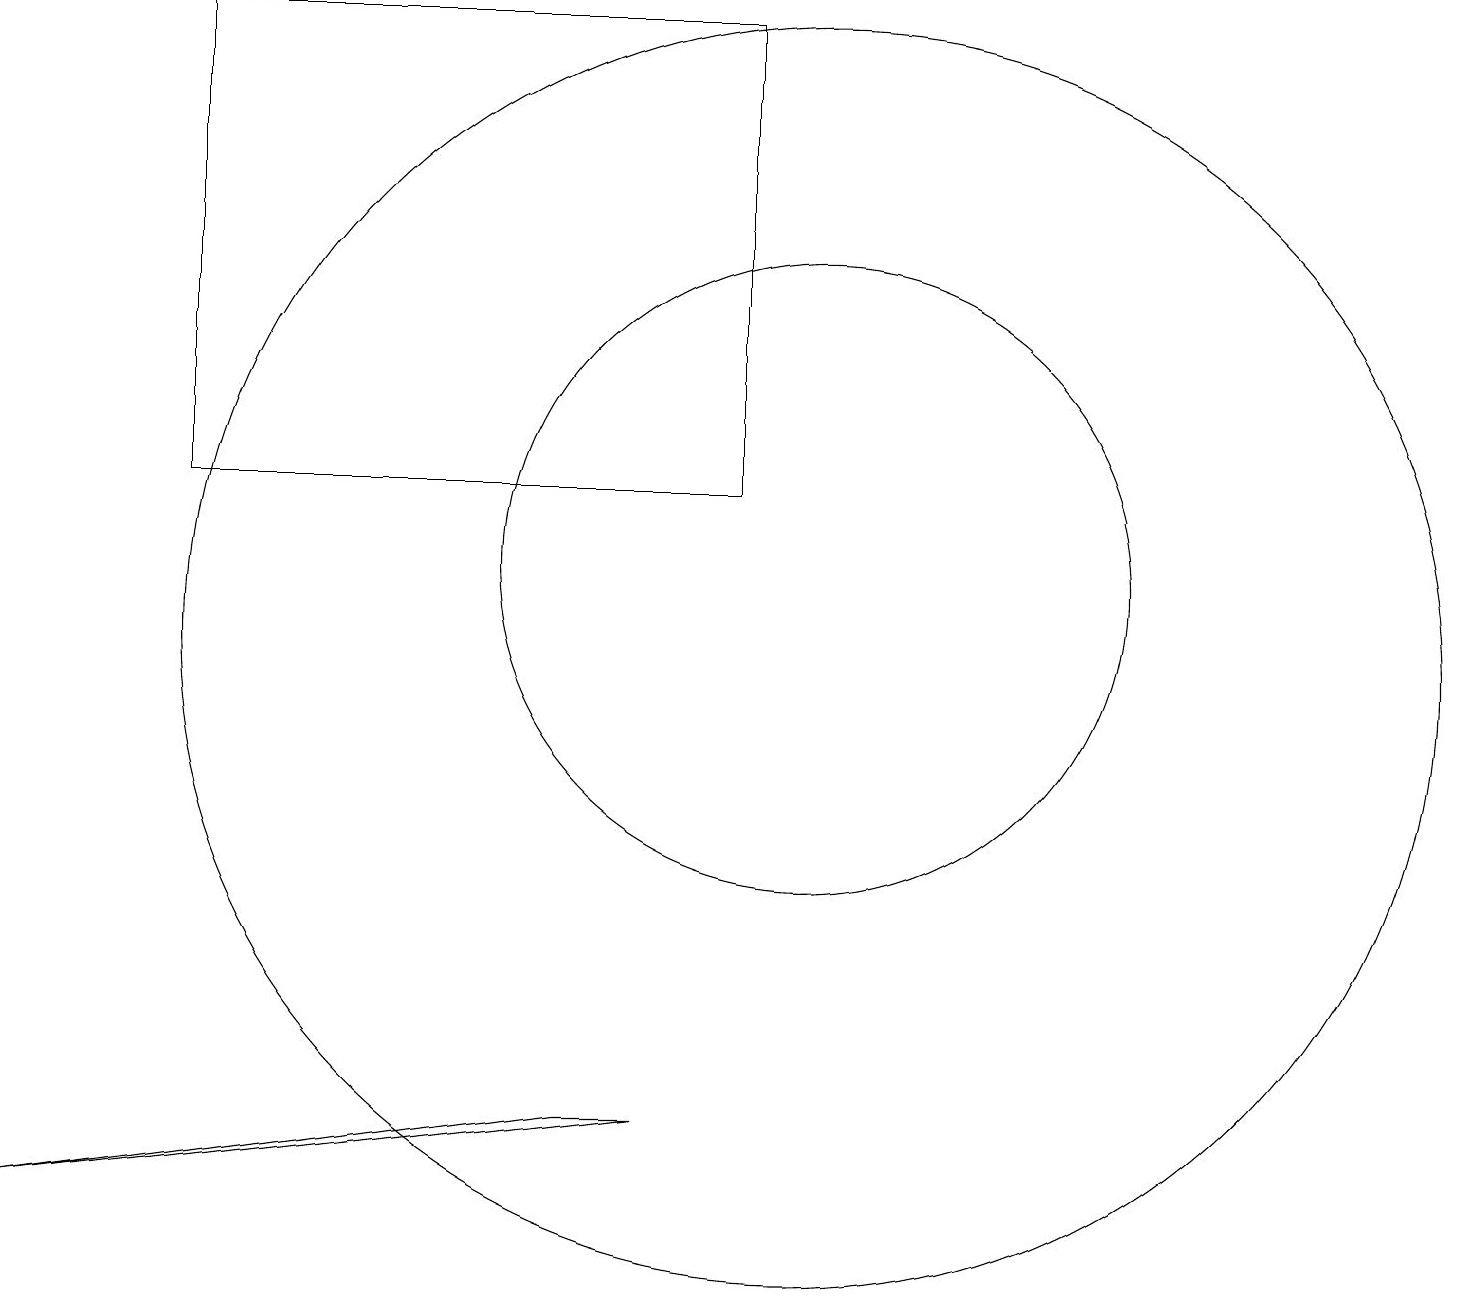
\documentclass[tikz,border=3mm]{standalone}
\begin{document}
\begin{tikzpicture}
\draw (10,10) circle (8);
\draw (8,4) -- (7,4) -- (0,3) -- cycle;
\draw (10,11) circle (4);
\draw (2,12) rectangle (9,18);
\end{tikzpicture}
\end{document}